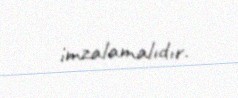
imzalamalıdır.